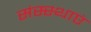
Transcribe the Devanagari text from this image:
संस्स्थाएं